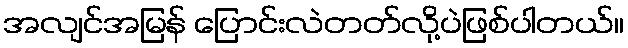
အလျင်အမြန် ပြောင်းလဲတတ်လို့ပဲဖြစ်ပါတယ်။